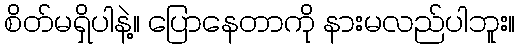
စိတ်မရှိပါနဲ့။ ပြောနေတာကို နားမလည်ပါဘူး။